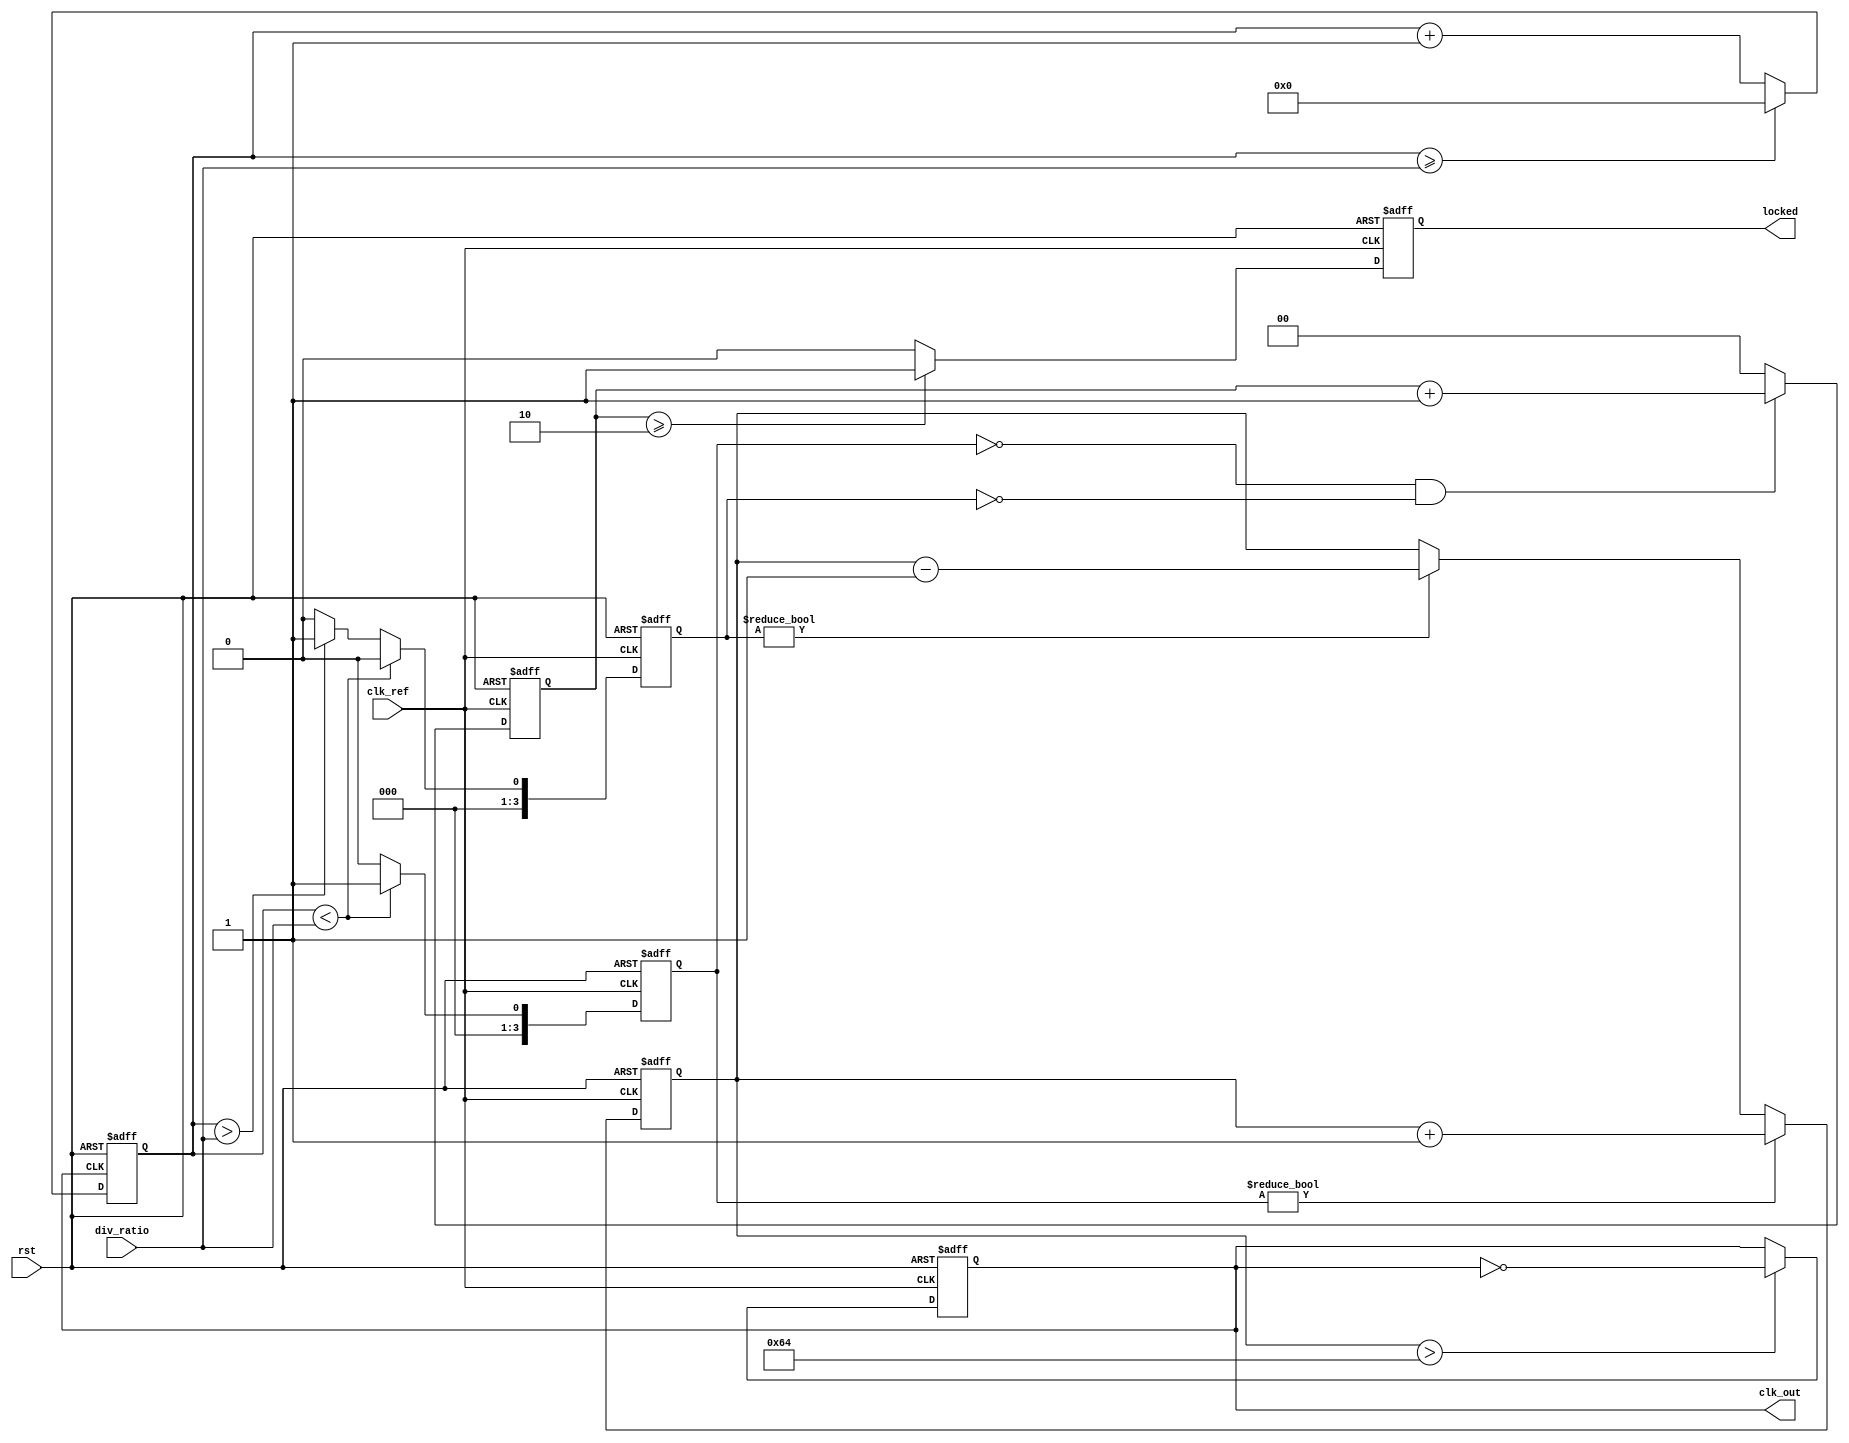
module pll (
    input wire clk_ref,          // Reference clock input
    input wire rst,              // Reset signal
    input wire [N-1:0] div_ratio, // Division ratio for feedback
    output reg clk_out,          // Output clock
    output reg locked            // Lock status
);
    parameter N = 4;             // Example division ratio (can be parameterized)
    parameter LOOP_FILTER_ORDER = 2; // Second-order loop filter

    // Internal signals
    reg [N-1:0] feedback_count;  // Feedback counter
    reg [N-1:0] pfd_up, pfd_down; // PFD outputs
    reg [15:0] control_voltage;    // Control voltage for VCO
    reg [15:0] vco_output;         // VCO output
    reg [15:0] loop_filter_output; // Loop filter output
    reg [1:0] state;               // State for lock detection

    // Phase Frequency Detector (PFD)
    always @(posedge clk_ref or posedge rst) begin
        if (rst) begin
            pfd_up <= 0;
            pfd_down <= 0;
        end else begin
            // PFD Logic (simplified)
            if (feedback_count < div_ratio) begin
                pfd_up <= 1;   // Reference clock is faster
                pfd_down <= 0;
            end else if (feedback_count > div_ratio) begin
                pfd_up <= 0;
                pfd_down <= 1; // Feedback clock is faster
            end else begin
                pfd_up <= 0;
                pfd_down <= 0; // In lock
            end
        end
    end

    // Charge Pump
    always @(posedge clk_ref or posedge rst) begin
        if (rst) begin
            control_voltage <= 0;
        end else begin
            if (pfd_up) begin
                control_voltage <= control_voltage + 1; // Increase control voltage
            end else if (pfd_down) begin
                control_voltage <= control_voltage - 1; // Decrease control voltage
            end
        end
    end

    // Loop Filter (Simple second-order filter)
    always @(posedge clk_ref or posedge rst) begin
        if (rst) begin
            loop_filter_output <= 0;
        end else begin
            loop_filter_output <= (control_voltage + loop_filter_output) >> 1; // Example filter
        end
    end

    // Voltage-Controlled Oscillator (VCO)
    always @(posedge clk_ref or posedge rst) begin
        if (rst) begin
            vco_output <= 0;
            clk_out <= 0;
        end else begin
            // Simple VCO logic (frequency controlled by control voltage)
            if (control_voltage > 100) begin
                clk_out <= ~clk_out; // Toggle output clock based on control voltage
            end
        end
    end

    // Feedback Divider
    always @(posedge clk_out or posedge rst) begin
        if (rst) begin
            feedback_count <= 0;
        end else begin
            feedback_count <= feedback_count + 1;
            if (feedback_count >= div_ratio) begin
                feedback_count <= 0; // Reset counter
            end
        end
    end

    // Lock Detection
    always @(posedge clk_ref or posedge rst) begin
        if (rst) begin
            locked <= 0;
            state <= 0;
        end else begin
            if (pfd_up == 0 && pfd_down == 0) begin
                state <= state + 1; // Increment state if in lock
            end else begin
                state <= 0; // Reset state if not in lock
            end
            if (state >= 2) begin
                locked <= 1; // Indicate locked state
            end else begin
                locked <= 0;
            end
        end
    end
endmodule